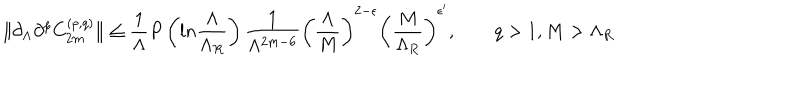
\| \partial _ { \Lambda } \partial ^ { p } C _ { 2 m } ^ { ( p , q ) } \| \leq { \frac { 1 } { \Lambda } } P \left( l n { \frac { \Lambda } { \Lambda _ { R } } } \right) { \frac { 1 } { \Lambda ^ { 2 m - 6 } } } \left( { \frac { \Lambda } { M } } \right) ^ { 2 - \epsilon } \left( { \frac { M } { \Lambda _ { R } } } \right) ^ { \epsilon ^ { \prime } } , \qquad q > 1 , M > \Lambda _ { R }